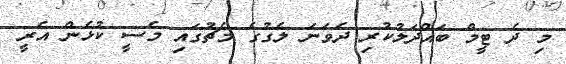
މި ދެ ޓީމް ބައްދަލުކުރި ދެވަނަ ލެގުގެ މެޗުގައި މެސީ ކުޅެން އެރީ